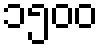
၁၅၀၀